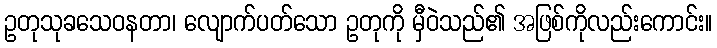
ဥတုသုခသေဝနတာ၊ လျောက်ပတ်သော ဥတုကို မှီဝဲသည်၏ အဖြစ်ကိုလည်းကောင်း။